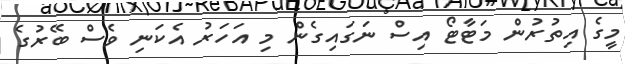
މީގެ އިތުރުން މަޓާޓޯ އިސް ނަގައިގެން މި އަހަރު އެކަނި ވެސް ބޭރުގެ